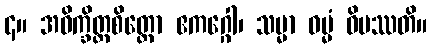
၄။ အဝိက္ခိတ္တစိတ္တော ဧကဂ္ဂေါ၊ သမ္မာ ဓမ္မံ ဝိပဿတိ။